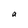
Character: a